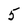
Character: 5